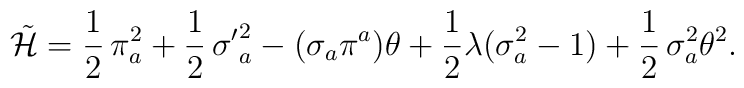
\tilde {\cal H} = \frac{1}{2}\,\pi^2_a  + \frac{1}{2}\,{\sigma^\prime} ^2_a - (\sigma_a\pi^a)\theta +\frac{1}{2}\lambda \bigl(\sigma^2_a - 1\bigr)+ \frac{1}{2}\,\sigma^2_a\theta^2 .